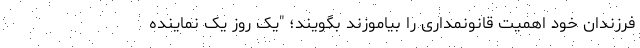
فرزندان خود اهمیت قانونمداری را بیاموزند بگویند؛ "یک روز یک نماینده